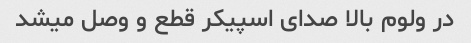
در ولوم بالا صدای اسپیکر قطع و وصل میشد